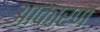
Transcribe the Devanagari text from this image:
आकारण